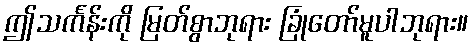
ဤသင်္ကန်းကို မြတ်စွာဘုရား ခြုံတော်မူပါဘုရား။